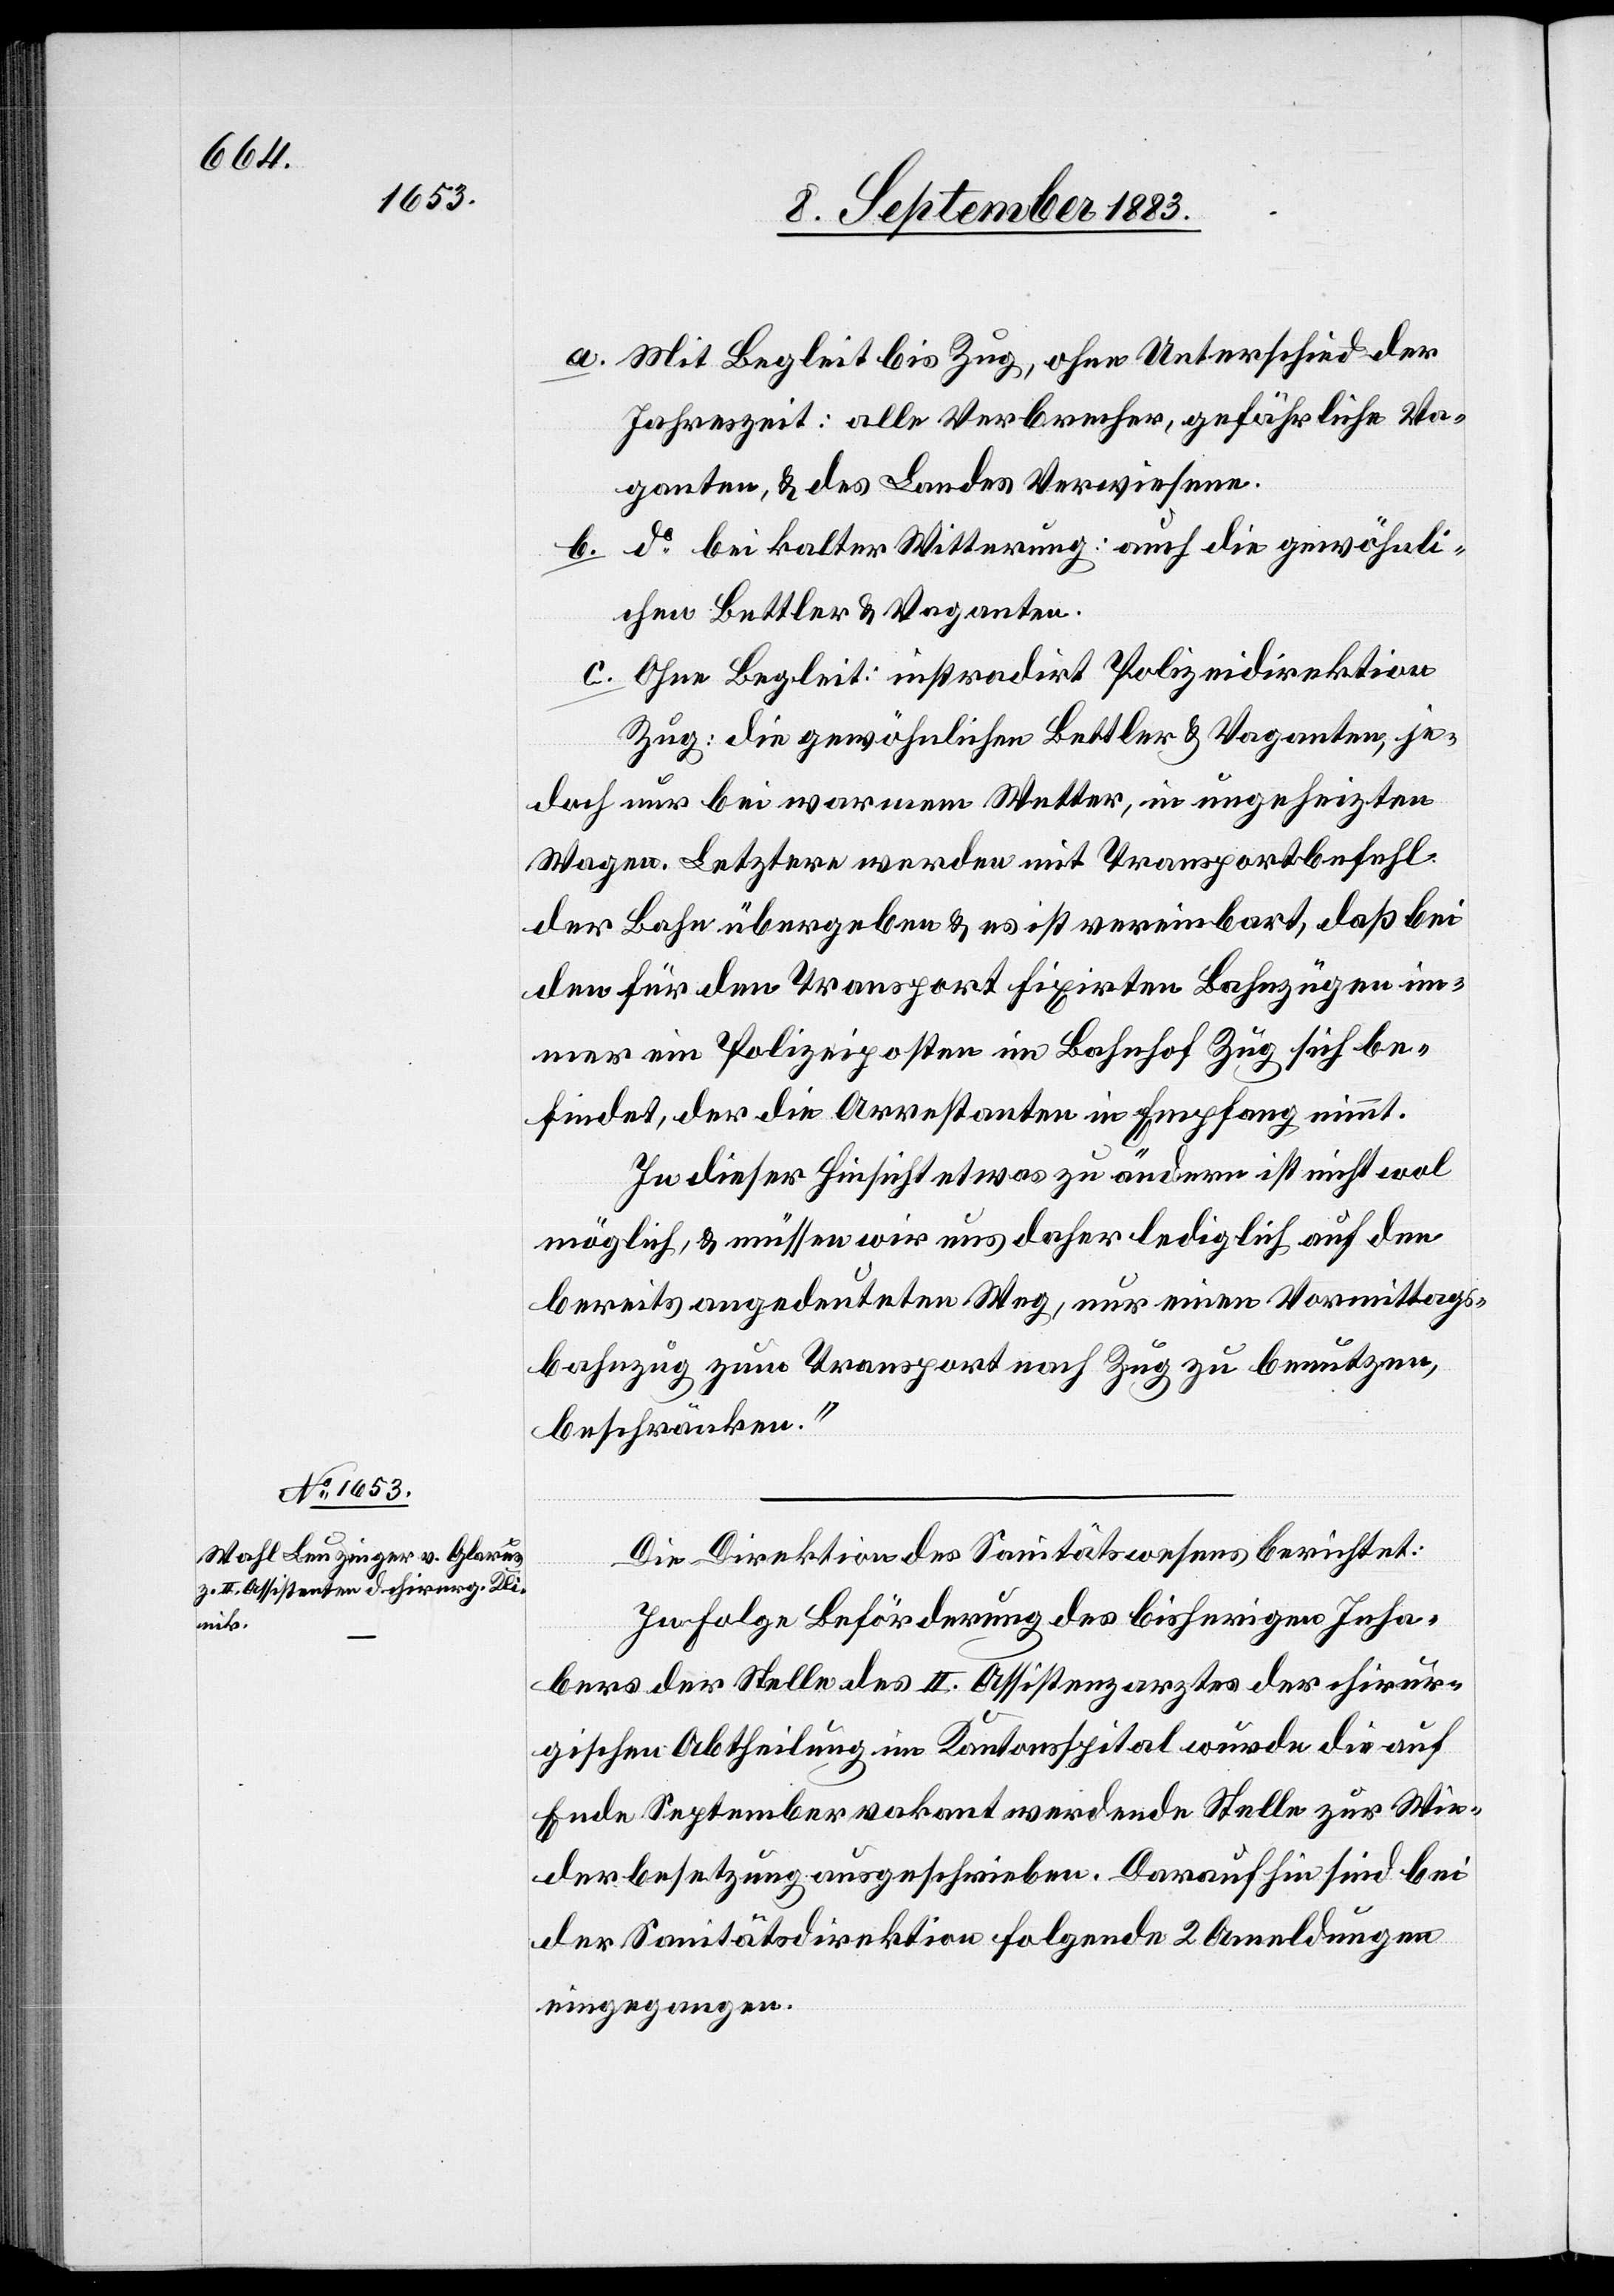
a. Mit Begleit bis Zug, ohne Unterschied der
Jahreszeit: alle Verbrecher, gefährliche Va¬
ganten, & des Landes Verwiesene.
b. do bei kalter Witterung: auch die gewöhnli¬
chen Bettler & Vaganten.
c. Ohne Begleit: instradirt Polizeidirektion
Zug: die gewöhnlichen Bettler & Vaganten, je¬
doch nur bei warmem Wetter, in ungeheizten
Wagen. Letztere werden mit Transportbefehl
der Bahn übergeben & es ist vereinbart, daß bei
den für den Transport fixirten Bahnzügen im¬
mer ein Polizeiposten im Bahnhof Zug sich be¬
findet, der die Arrestanten in Empfang nimmt.
In dieser Hinsicht etwas zu ändern ist nicht wol
möglich, & müssen wir uns daher lediglich auf den
bereits angedeuteten Weg, nur einen Vormittags¬
bahnzug zum Transport nach Zug zu benutzen,
beschränken.“
Die Direktion des Sanitätswesens berichtet:
In Folge Beförderung des bisherigen Inha¬
bers der Stelle des II. Assistenten der chirur¬
gischen Abtheilung im Kantonsspital wurde die auf
Ende September vakant werdende Stelle zur Wie¬
derbesetzung ausgeschrieben. Darauf hin sind bei
der Sanitätsdirektion folgende 2 Anmeldungen
eingegangen.